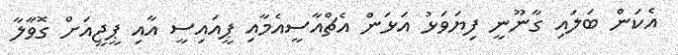
އެކަން ބަލައި ގާނޫނީ ފިޔަވަޅު އަޅަން އެޗްއާސީއެމާއި ޕީއައިސީ އާއި ޕީޖީއަށް ގޮވާލާ